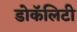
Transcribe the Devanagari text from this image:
डोकॅलिटी